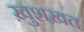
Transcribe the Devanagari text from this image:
ख़ुशख़त